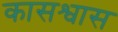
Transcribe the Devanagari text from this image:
कासश्वास